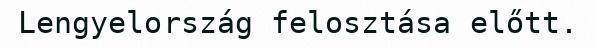
Lengyelország felosztása előtt.